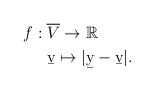
LaTeX: \begin{align*}\begin{aligned}f: \;&\overline V\to \mathbb{R} \\& \b v\mapsto |\b y-\b v|.\end{aligned}\end{align*}